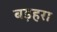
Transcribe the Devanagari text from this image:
बड़हरा